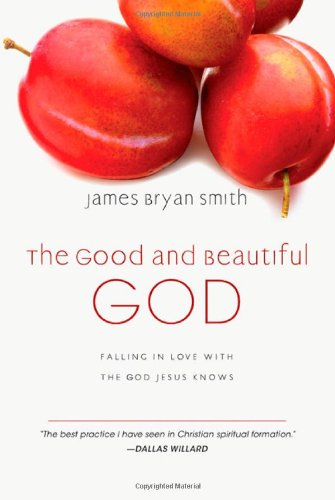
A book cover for The Good and Beautiful God: Falling in Love with the God Jesus Knows (The Apprentice Series); James Bryan Smith; Christian Books & Bibles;